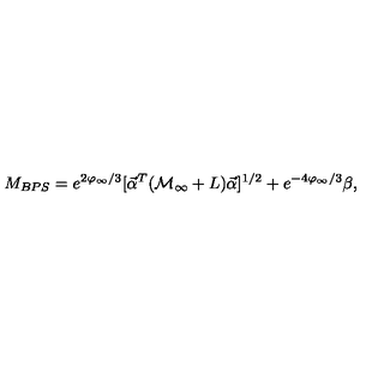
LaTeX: M _ { B P S } = e ^ { 2 \varphi _ { \infty } / 3 } [ { \vec { \alpha } } ^ { T } ( { \cal M } _ { \infty } + { L } ) { \vec { \alpha } } ] ^ { 1 / 2 } + e ^ { - 4 \varphi _ { \infty } / 3 } \beta ,